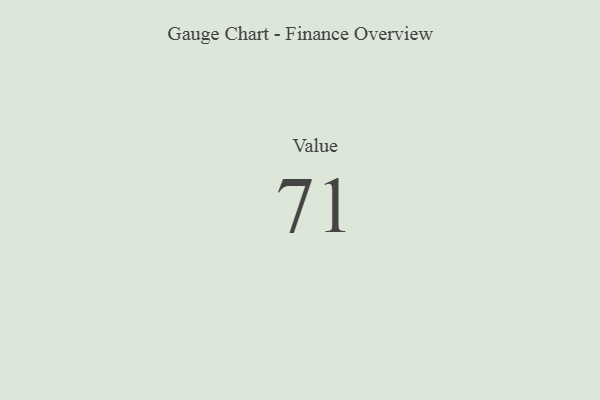
{"axis": {"x": "Metric", "y": "Value"}, "legend": [""], "data": [{"x": "Value", "y": 71, "type": ""}]}